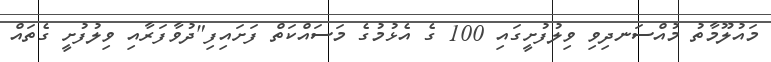
މައުލޫމާތު މުއްސަނދިވި ވިލުފުށީގައި 100 ގެ އެޅުމުގެ މަސައްކަތް ފަށައިފި"ދުވާފަރާއި ވިލުފުށީ ގެތައް